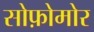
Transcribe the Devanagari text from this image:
सोफ़ोमोर